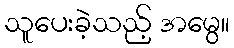
သူပေးခဲ့သည့် အမွေ။